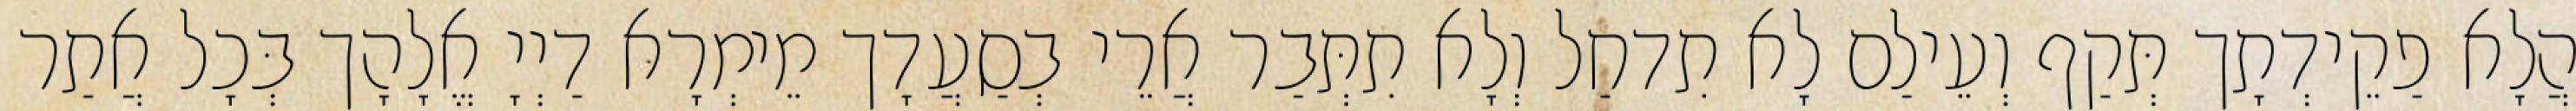
הֲלָא פַקֵידְתָך תְּקַף וְעֵילַם לָא תִדחַל וְלָא תִתְּבַר אֲרֵי בְסַעֲדָך מֵימְרָא דַיְיָ אֱלָהָך בְּכָל אֲתַר